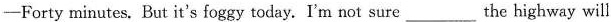
-Forty minutes, But it's foggy today. I'm not sure___the highway will